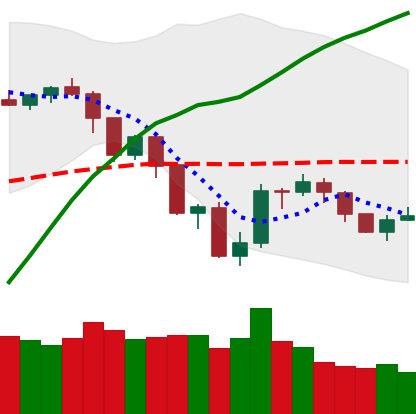
Ticker: NEO-USD
Chart end date: 2019-07-25
Forward return: -5.879%
Label: down_5_7